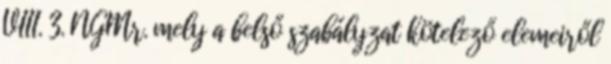
VIII. 3. NGMr. mely a belső szabályzat kötelező elemeiről